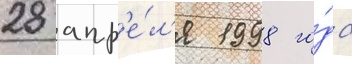
28 апр'е́л'я 1998 го́да